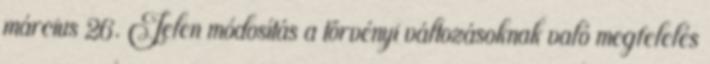
március 26. Jelen módosítás a törvényi változásoknak való megfelelés